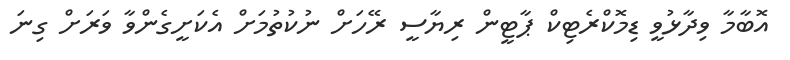
އޮބާމާ ވިދާޅުވީ ޑިމޮކްރެޓިކް ޕާޓީން ރިޔާސީ ރޭހަށް ނުކުތުމަށް އެކަށީގެންވާ ވަރަށް ގިނަ